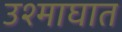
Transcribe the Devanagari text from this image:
उश्माघात